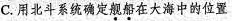
C. 用北斗系统确定舰船在大海中的位置